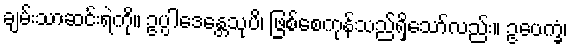
ချမ်းသာဆင်းရဲကို။ ဥပ္ပါဒေန္တေသုပိ၊ ဖြစ်စေကုန်သည်ရှိသော်လည်း။ ဥပေက္ခံ၊